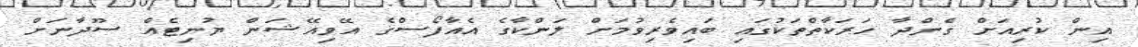
އިން ކުރިއަށް ގެންދާ ހަރަކާތްތަކުގައި ބައިވެރިވުމަށް ލަންކާގެ އެއާފޯސްގެ އޭވިއޭޝަން ޔުނިޓެއް ސޫދާނަށް